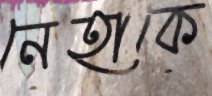
নেহাকে